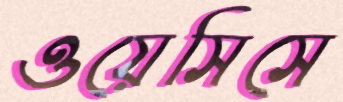
ওয়েসিসে